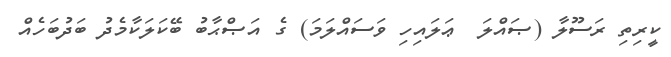
ކީރިތި ރަސޫލާ (ޞައްލަ  ޢަލައިހި ވަސައްލަމަ) ގެ އަޞްޙާބު ބޭކަލަކާމެދު ބަދުބަހެއް